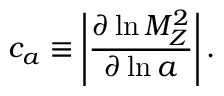
c _ { a } \equiv \left| \frac { \partial \ln M _ { Z } ^ { 2 } } { \partial \ln a } \right| .